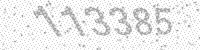
Solution: 113385